Note on the mental hospitals in Burma - 1925-1940
Year: 1925
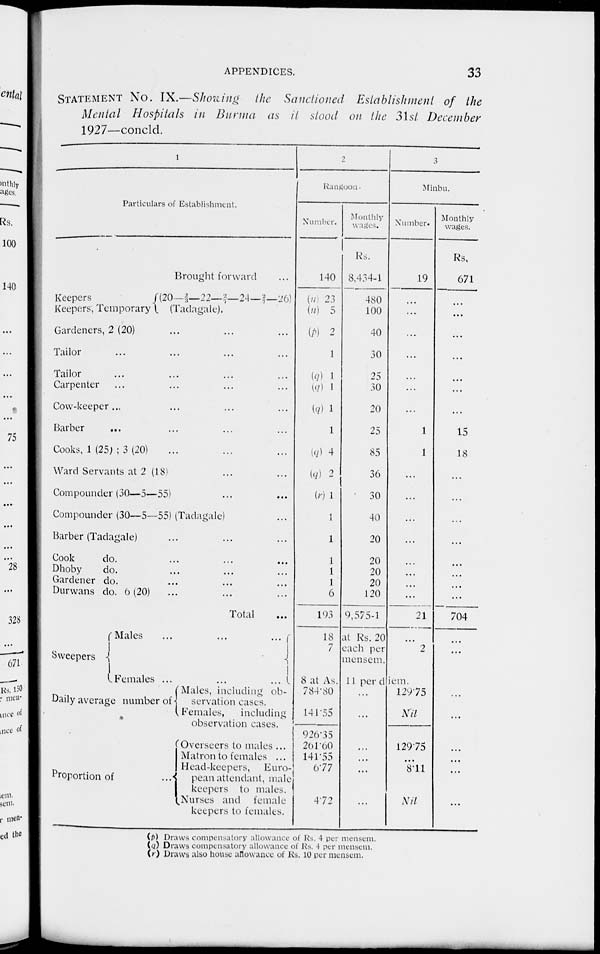
APPENDICES.
33
STATEMENT NO. IX.—Showing the Sanctioned Establishment of the
Mental Hospitals in Burma as it stood on the 31st December
1927—concld.
1
Particulars of Establishment.
Brought forward ...
Keepers
Keepers, Temporary
(20—2/3—22— 2/7—24—2/7—26)
(Tadagale).
Gardeners, 2 (20) ... ... ...
Tailor ... ... ...
Tailor ... ... ...
Carpenter ... ... ...
Cow-keeper... ... ...
Barber
... ... ...
Cooks, 1 (25) ; 3 (20) ... ... ...
Ward Servants at 2 (18) ... ...
Compounder (30—5—55) ... ...
Compounder (30—5—55) (Tadagale) ...
Barber (Tadagale) ... ... ...
Cook
do. ... ... ...
Dhoby
do. ... ... ...
Gardener do. ... ... ...
Durwans do. 6(20) ... ... ...
Total ...
Sweepers
Males
...
...
...
Females ...
...
...
Daily average number of
Proportion of
...
Males, including ob-
servation cases.
Females,
including
observation cases.
Overseers to males ...
Matron to females ...
Head-keepers, Euro-
pean attendant, male
keepers to males.
Nurses and female
keepers to females.
2
Rangoon.
Number.
140
(n) 23
(n) 5
(p) 2
1
(q) 1
(q) 1
(q) 1
1
(q) 4
(q) 2
(r) 1
1
1
1
1
1
6
193
18
7
8 at As.
784.80
141.55
926.35
261.60
141.55
6.77
4.72
Monthly
wages.
Rs.
8,434-1
480
100
40
30
25
30
20
25
85
36
30
40
20
20
20
20
120
9,575-1
at Rs. 20
each per
mensem.
11 perd
...
...
...
...
...
...
3
Minbu.
Number.
19
...
...
...
...
...
...
...
1
1
...
...
...
...
...
...
...
...
21
...
2
iem.
129.75
Nil
129.75 ...
8.11
Nil
Monthly
wages.
Rs.
671
...
...
...
...
...
...
...
15
18
...
...
...
...
...
...
...
...
704
...
...
...
...
...
...
...
(p) Draws compensatory allowance of Rs. 4 per mensem.
(q) Draws compensatory allowance of Rs. 4 per mensem.
(r) Draws also house allowance of Rs. 10 per mensem.